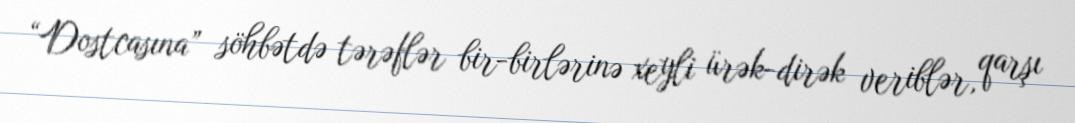
“Dostcasına” söhbətdə tərəflər bir-birlərinə xeyli ürək-dirək veriblər, qarşı